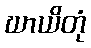
ဃာယိတုံ